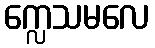
က္လေသမလေ